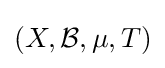
(X,{\mathcal {B}},\mu ,T)